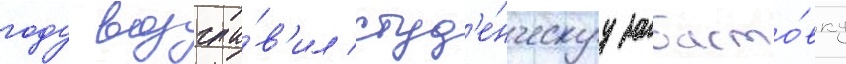
году возгла́в'ил студ'е́нческуу забасто́вку